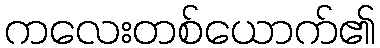
ကလေးတစ်ယောက်၏